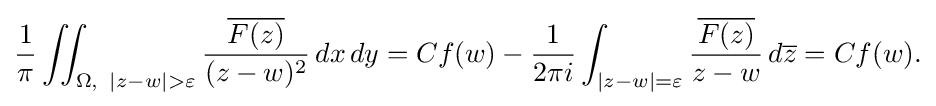
\displaystyle {{1 \over \pi }\iint _{\Omega ,\,\,\,|z-w|>\varepsilon }{{\overline {F(z)}} \over (z-w)^{2}}\,dx\,dy=Cf(w)-{1 \over 2\pi i}\int _{|z-w|=\varepsilon }{{\overline {F(z)}} \over z-w}\,d{\overline {z}}=Cf(w).}